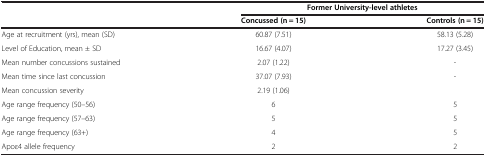
<table><thead><tr><td><b> </b></td><td colspan="2"><b>Former University-level athletes</b></td></tr><tr><td><b> </b></td><td><b>Concussed (n = 15)</b></td><td><b>Controls (n = 15)</b></td></tr></thead><tbody><tr><td>Age at recruitment (yrs), mean (SD)</td><td>60.87 (7.51)</td><td>58.13 (5.28)</td></tr><tr><td>Level of Education, mean ± SD</td><td>16.67 (4.07)</td><td>17.27 (3.45)</td></tr><tr><td>Mean number concussions sustained</td><td>2.07 (1.22)</td><td>-</td></tr><tr><td>Mean time since last concussion</td><td>37.07 (7.93)</td><td>-</td></tr><tr><td>Mean concussion severity</td><td>2.19 (1.06)</td><td> </td></tr><tr><td>Age range frequency (50–56)</td><td>6</td><td>5</td></tr><tr><td>Age range frequency (57–63)</td><td>5</td><td>5</td></tr><tr><td>Age range frequency (63+)</td><td>4</td><td>5</td></tr><tr><td>Apoε4 allele frequency</td><td>2</td><td>2</td></tr></tbody></table>